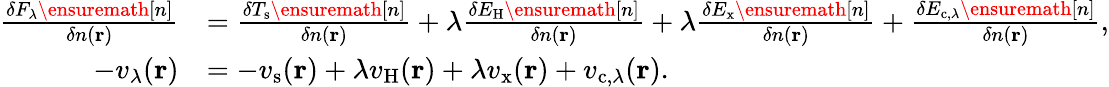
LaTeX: \begin{array}{rl}{\frac{\delta F_{\lambda}\ensuremath{[n]}}{\delta n(\mathbf{r})}}&{=\frac{\delta T_{\mathrm{s}}\ensuremath{[n]}}{\delta n(\mathbf{r})}+\lambda\frac{\delta E_{\mathrm{H}}\ensuremath{[n]}}{\delta n(\mathbf{r})}+\lambda\frac{\delta E_{\mathrm{x}}\ensuremath{[n]}}{\delta n(\mathbf{r})}+\frac{\delta E_{\mathrm{c},\lambda}\ensuremath{[n]}}{\delta n(\mathbf{r})},}\\ {-v_{\lambda}(\mathbf{r})}&{=-v_{\mathrm{s}}(\mathbf{r})+\lambda v_{\mathrm{H}}(\mathbf{r})+\lambda v_{\mathrm{x}}(\mathbf{r})+v_{\mathrm{c},\lambda}(\mathbf{r}).}\end{array}